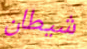
شيطان